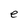
Character: e